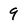
Character: 9